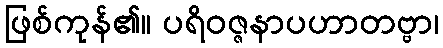
ဖြစ်ကုန်၏။ ပရိဝဇ္ဇနာပဟာတဗ္ဗာ၊